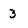
Character: 3